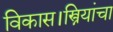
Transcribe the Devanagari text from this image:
विकास।स्त्रियांचा